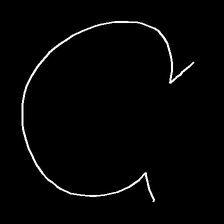
Glyph: weave